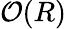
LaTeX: \mathcal O(R)